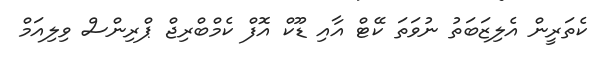
ކެތަރީން އެލިޒަބަތު ނުވަތަ ކޭޓް އާއި ޑޫކް އޮފް ކެމްބްރިޖް ޕްރިންސް ވިލިއަމް